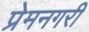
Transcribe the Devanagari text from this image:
प्रेमनगरी